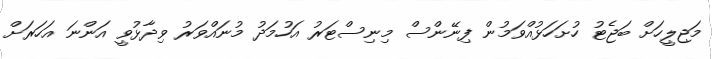
މަޖިލީހަށް ބަޖެޓު ހުށަހަޅުއްވަމުން ފިނޭންސް މިނިސްޓަރު އަހުމަދު މުނައްވަރު ވިދާޅުވީ އަންނަ އަހަރަށް